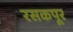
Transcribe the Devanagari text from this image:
रसकपूर